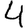
Digit: 4